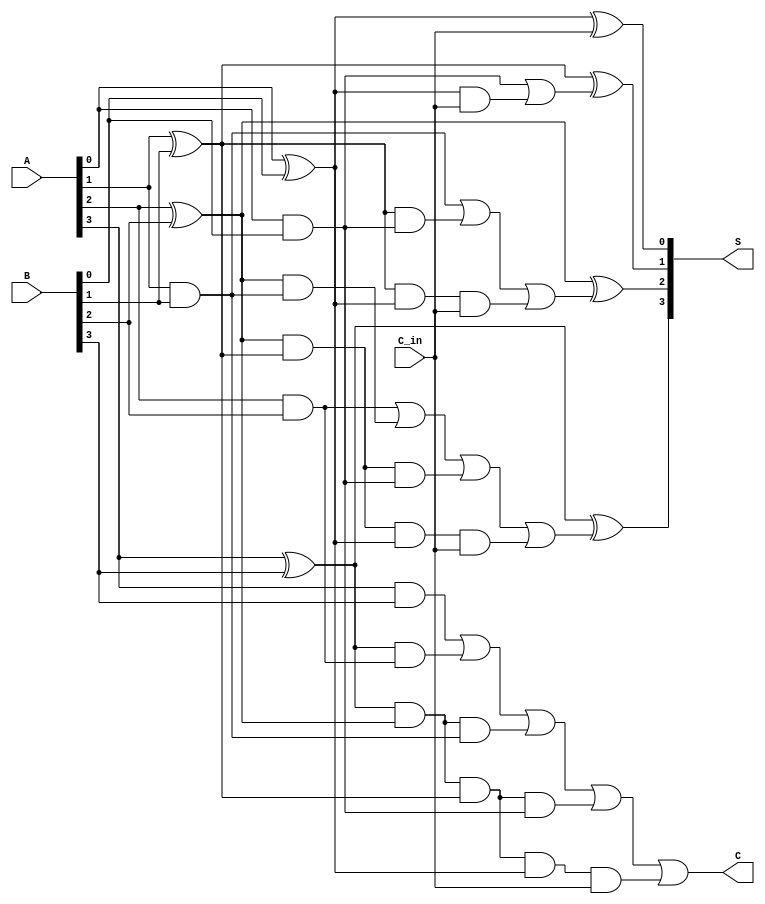
`timescale 1ns / 1ps
//////////////////////////////////////////////////////////////////////////////////
// Company: 
// Engineer: 
// 
// Design Name: 
// Module Name:    CLA 
// Project Name: 
// Target Devices: 
// Tool versions: 
// Description: 
//
// Dependencies: 
//
// Revision: 
// Revision 0.01 - File Created
// Additional Comments: 
//
//////////////////////////////////////////////////////////////////////////////////

module CLA_UNIT(
	input[3:0] A, input[3:0] B, input C_in, output[3:0]S, output C
    );
	
	wire[3:0] G;
	wire[3:0] P;
	assign G[0] = A[0] & B[0];
	assign G[1] = A[1] & B[1];	
	assign G[2] = A[2] & B[2];
	assign G[3] = A[3] & B[3];
	
	assign P[0] = A[0] ^ B[0];
	assign P[1] = A[1] ^ B[1];
	assign P[2] = A[2] ^ B[2];
	assign P[3] = A[3] ^ B[3];
	
	wire C1, C2, C3;
	assign C1 = G[0] | (P[0] & C_in);
	assign C2 = G[1] |(P[1] & G[0]) | (P[1] & P[0] & C_in);
	assign C3 = G[2] | (P[2] & G[1]) | (P[2] & P[1] & G[0]) | (P[2] & P[1] & P[0] & C_in);
	
	assign C = G[3] | (P[3] & G[2]) | (P[3] & P[2] & G[1]) | (P[3] & P[2] & P[1] & G[0]) | (P[3] & P[2] & P[1] & P[0] & C_in);
		
	assign S[0] = P[0] ^ C_in;
	assign S[1] = P[1] ^ C1;
	assign S[2] = P[2] ^ C2;
	assign S[3] = P[3] ^ C3;

endmodule